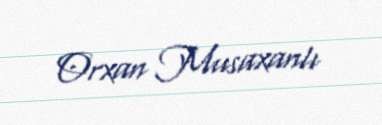
Orxan Musaxanlı